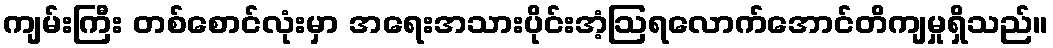
ကျမ်းကြီး တစ်စောင်လုံးမှာ အရေးအသားပိုင်းအံ့ဩရလောက်အောင်တိကျမှုရှိသည်။